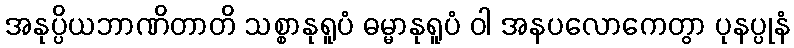
အနုပ္ပိယဘာဏိတာတိ သစ္စာနုရူပံ ဓမ္မာနုရူပံ ဝါ အနပလောကေတွာ ပုနပ္ပုနံ